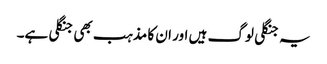
یہ جنگلی لوگ ہیں اور ان کا مذہب بھی جنگلی ہے۔